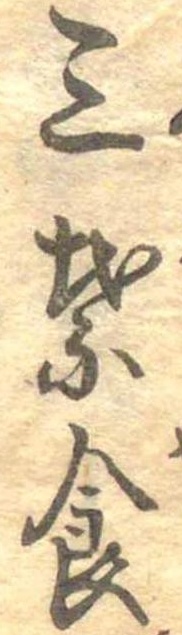
三葉食